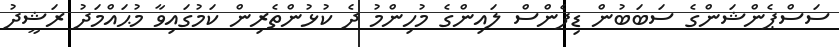
ސަސްޕެންޝަންގެ ސަބަބުން ޑިފެންސް ލައިންގެ މުހިންމު ދެ ކުޅުންތެރިން ކަމުގައިވާ މުޙައްމަދު ރަޝީދު